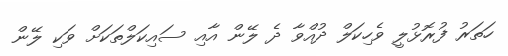
ހަތަރު ފުރޮޅުލީ ވެހިކަލް ދުއްވާ ދެ ލޭން އާއި ސައިކަލްތަކަށް ވަކި ލޭން